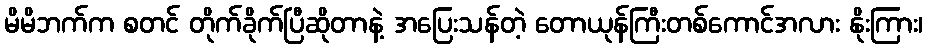
မိမိဘက်က စတင် တိုက်ခိုက်ပြီဆိုတာနဲ့ အပြေးသန်တဲ့ တောယုန်ကြီးတစ်ကောင်အလား နိုးကြား၊